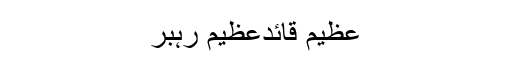
عظیم قائدعظیم رہبر